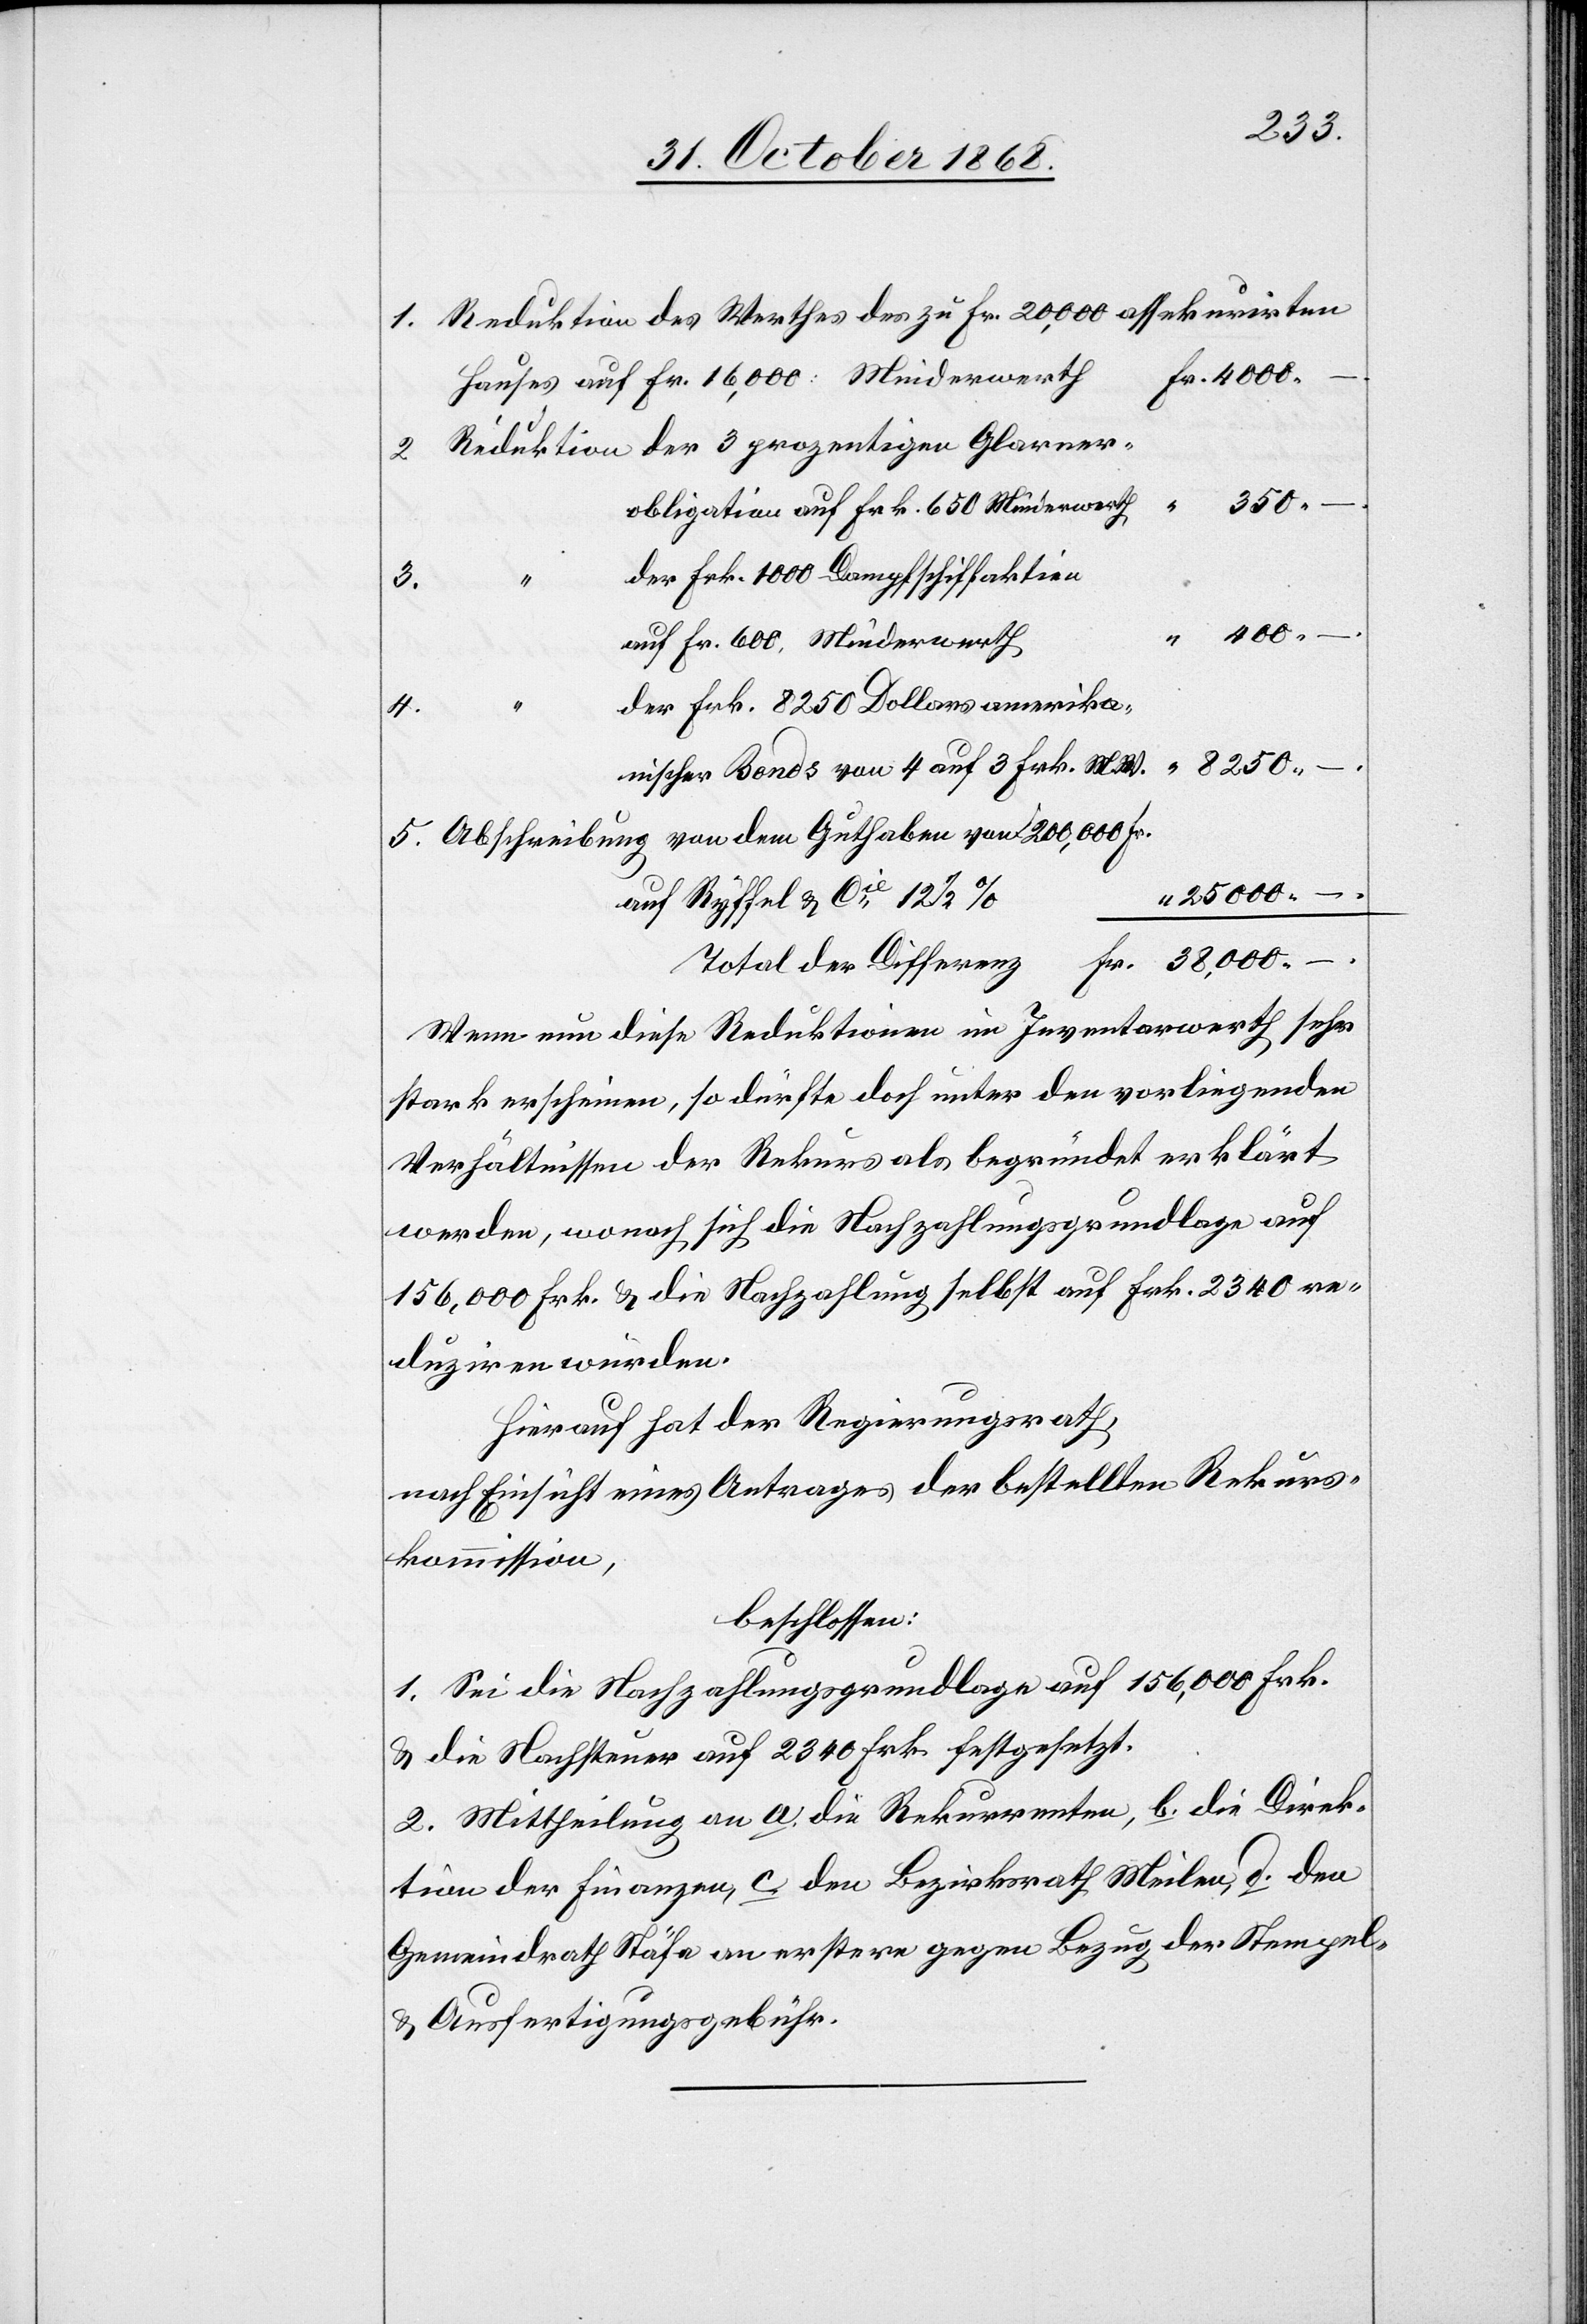
Reduktion des Werthes des zu Fr. 20,000 assekurirten
Fr. 4000
Hauses auf Fr. 16,000: Minderwerth
Reduktion der 3 prozentigen Glarner¬
“
350
obligation auf Frk. 650 Minderwerth
der Frk. 1000 Dampfschiffaktien
5.
“ 400 –
auf Fr. 600, Minderwerth
der Frk. 8250 Dollars amerika¬
4.
“
8250 –
nischer Bonds von 4 auf 3 Frk. M. W.
Abschreibung von dem Guthaben von 200,000 Fr.
“ 25 000 –
auf Ryffel & Cie 12 1/2
Fr. 38,000 –
Total der Differenz
Wenn nun diese Reduktionen im Inventarwerth sehr
stark erscheinen, so dürfte doch unter den vorliegenden
Verhältnissen der Rekurs als begründet erklärt
werden, wonach sich die Nachzahlungsgrundlage auf
156,000 Frk. & die Nachzahlung selbst auf Frk. 2340 re¬
duziren würden.
Hierauf hat der Regierungsrath,
nach Einsicht eines Antrages der bestellten Rekurs¬
kommission,
beschlossen:
1. Sei die Nachzahlungsgrundlage auf 156,000 Frk.
& die Nachsteuer auf 2340 Frk. festgesetzt.
2. Mittheilung an a. die Rekurrenten, b. die Direk¬
tion der Finanzen, c. den Bezirksrath Meilen, d. den
Gemeindrath Stäfa an erstere gegen Bezug der Stempel-
& Ausfertigungsgebühr.